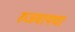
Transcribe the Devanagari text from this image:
रुजवायचा